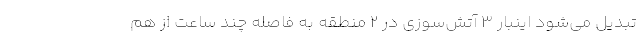
تبدیل می‌شود اینبار ۳ آتش‌سوزی در ۲ منطقه به فاصله چند ساعت از هم